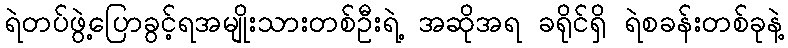
ရဲတပ်ဖွဲ့ပြောခွင့်ရအမျိုးသားတစ်ဦးရဲ့ အဆိုအရ ခရိုင်ရှိ ရဲစခန်းတစ်ခုနဲ့